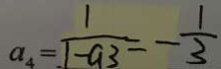
a _ { 4 } = \frac { 1 } { 1 - a _ { 3 } } = - \frac { 1 } { 3 }